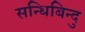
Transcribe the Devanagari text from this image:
सन्धिबिन्दु